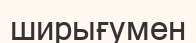
ширығумен